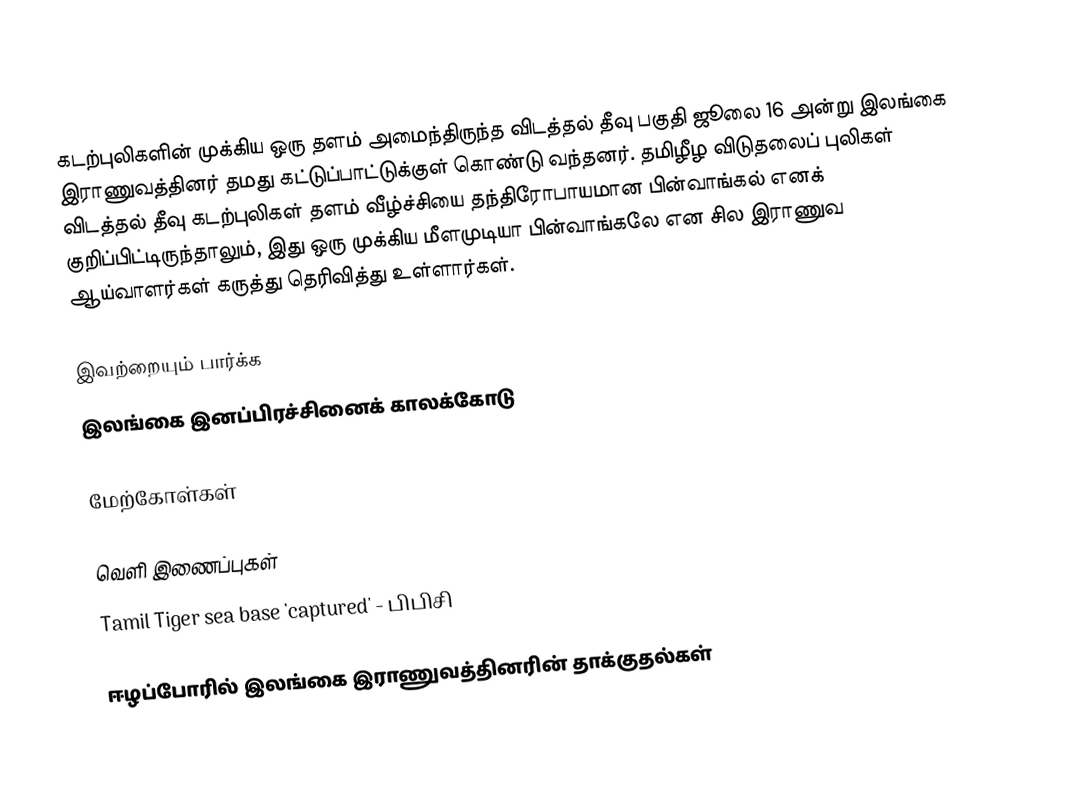
கடற்புலிகளின் முக்கிய ஒரு தளம் அமைந்திருந்த விடத்தல் தீவு பகுதி ஜூலை 16 அன்று இலங்கை இராணுவத்தினர் தமது கட்டுப்பாட்டுக்குள் கொண்டு வந்தனர்.  தமிழீழ விடுதலைப் புலிகள் விடத்தல் தீவு கடற்புலிகள் தளம் வீழ்ச்சியை தந்திரோபாயமான பின்வாங்கல் எனக் குறிப்பிட்டிருந்தாலும், இது ஒரு முக்கிய மீளமுடியா பின்வாங்கலே என சில இராணுவ ஆய்வாளர்கள் கருத்து தெரிவித்து உள்ளார்கள்.

இவற்றையும் பார்க்க
 இலங்கை இனப்பிரச்சினைக் காலக்கோடு

மேற்கோள்கள்

வெளி இணைப்புகள்
 Tamil Tiger sea base 'captured' - பிபிசி

ஈழப்போரில் இலங்கை இராணுவத்தினரின் தாக்குதல்கள்